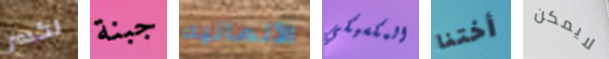
لكسر جبنة الألمانيه المكسيكي أختنا لايمكن